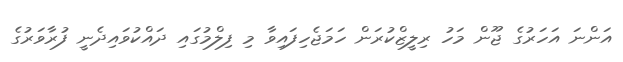
އަންނަ އަހަރުގެ ޖޫން މަހު ރިލީޒްކުރަން ހަމަޖެހިފައިވާ މި ފިލްމުގައި ދައްކުވައިދެނީ ފުރާވަރުގެ